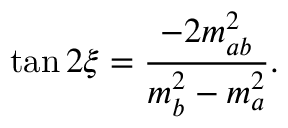
\tan 2 \xi = { \frac { - 2 m _ { a b } ^ { 2 } } { m _ { b } ^ { 2 } - m _ { a } ^ { 2 } } } .